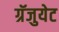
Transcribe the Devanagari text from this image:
ग्रॅजुयेट